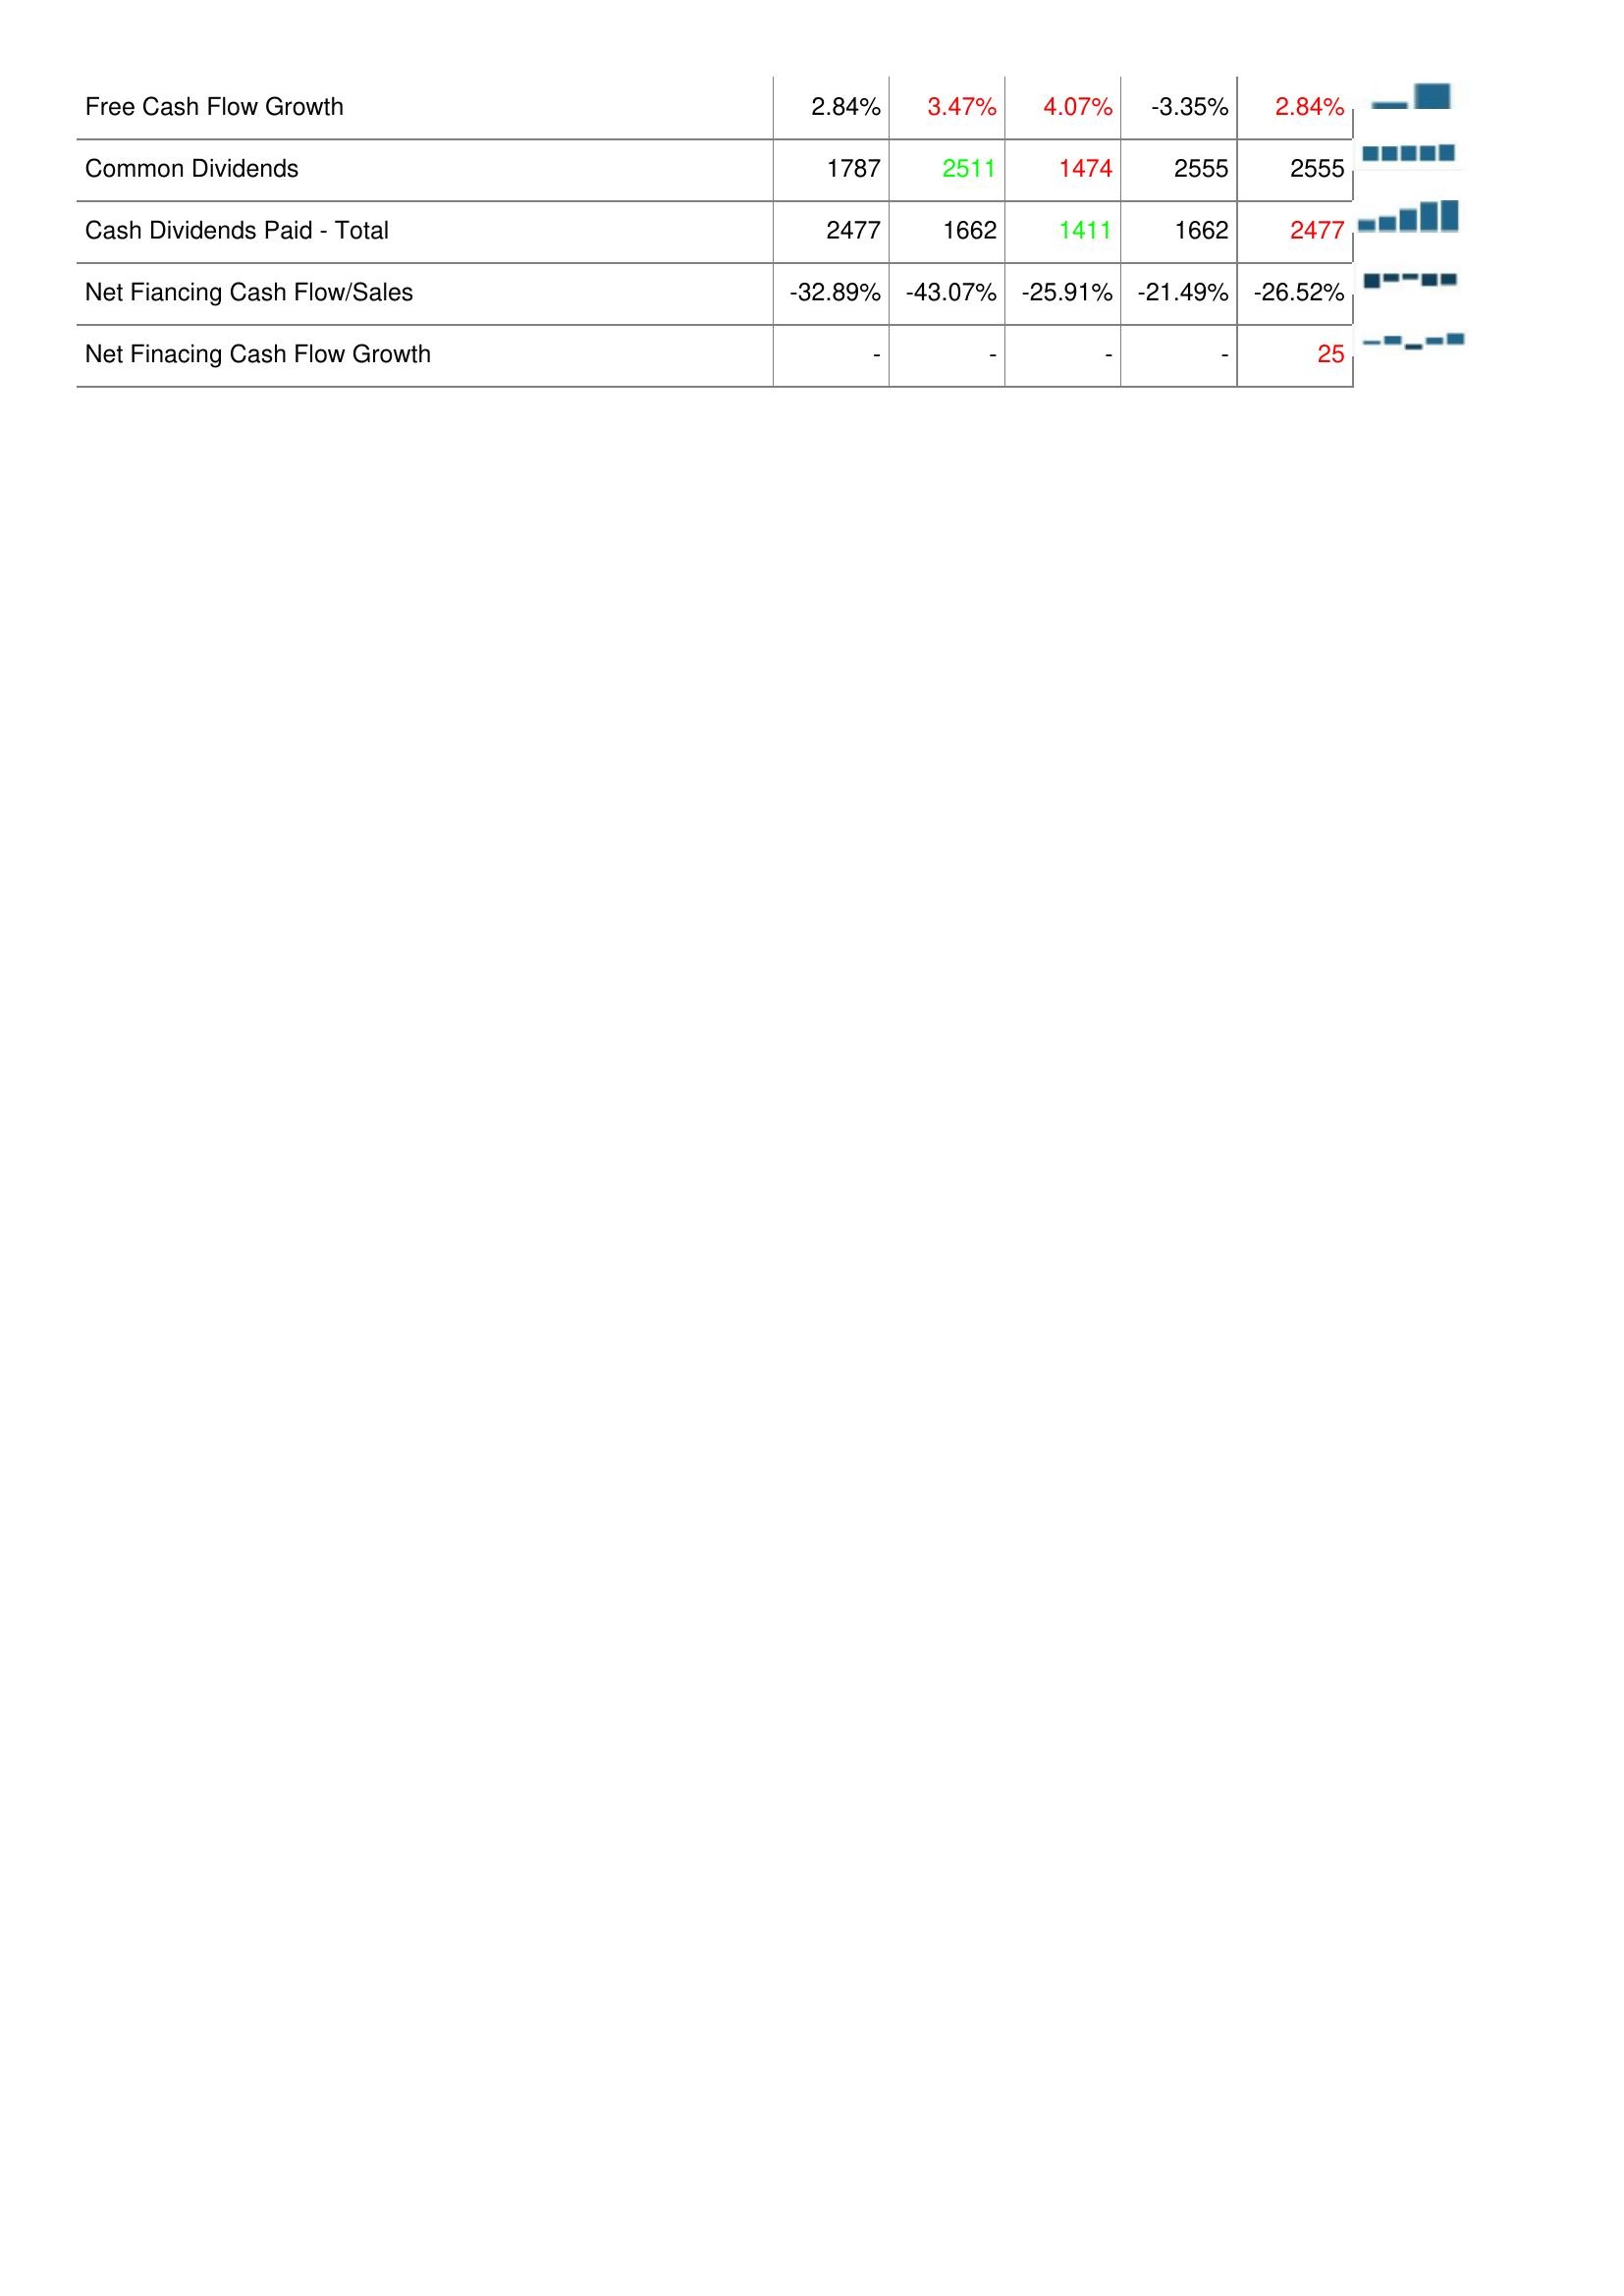
2013: Financing Activities: Free Cash Flow Growth: 2.84%
Common Dividends: 1787
Cash Dividends Paid - Total: 2477
Net Fiancing Cash Flow/Sales: -32.89%
Net Finacing Cash Flow Growth: -
2012: Financing Activities: Free Cash Flow Growth: 3.47%
Common Dividends: 2511
Cash Dividends Paid - Total: 1662
Net Fiancing Cash Flow/Sales: -43.07%
Net Finacing Cash Flow Growth: -
2011: Financing Activities: Free Cash Flow Growth: 4.07%
Common Dividends: 1474
Cash Dividends Paid - Total: 1411
Net Fiancing Cash Flow/Sales: -25.91%
Net Finacing Cash Flow Growth: -
2010: Financing Activities: Free Cash Flow Growth: -3.35%
Common Dividends: 2555
Cash Dividends Paid - Total: 1662
Net Fiancing Cash Flow/Sales: -21.49%
Net Finacing Cash Flow Growth: -
2009: Financing Activities: Free Cash Flow Growth: 2.84%
Common Dividends: 2555
Cash Dividends Paid - Total: 2477
Net Fiancing Cash Flow/Sales: -26.52%
Net Finacing Cash Flow Growth: 25